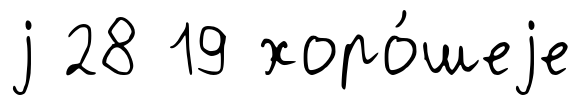
j 28 19 хоро́шеjе